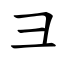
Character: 彐